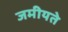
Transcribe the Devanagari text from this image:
जमीयते